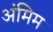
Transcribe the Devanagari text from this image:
अंमिम